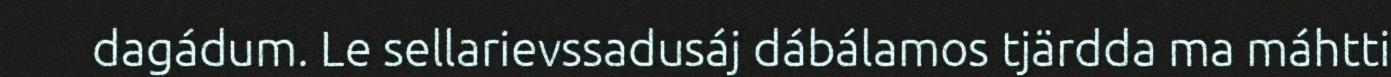
dagádum. Le sellarievssadusáj dábálamos tjärdda ma máhtti